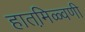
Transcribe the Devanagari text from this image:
हातमि़ळ्वणी